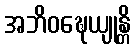
အဘိဝဍ္ဎေယျုန္တိ